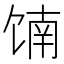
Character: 𬳄